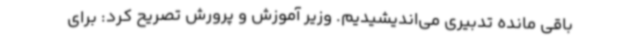
باقی مانده تدبیری می‌اندیشیدیم. وزیر آموزش و پرورش تصریح کرد: برای